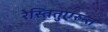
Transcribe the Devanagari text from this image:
रेस्तितुएरुन्त